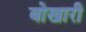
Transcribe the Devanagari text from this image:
बोखारी